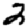
Digit: 2